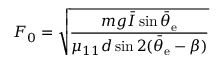
F _ { 0 } = \sqrt { \frac { m g \bar { I } \sin \bar { \theta } _ { \mathrm { e } } } { \mu _ { 1 1 } d \sin 2 ( \bar { \theta } _ { \mathrm { e } } - \beta ) } }